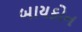
બાયકોન